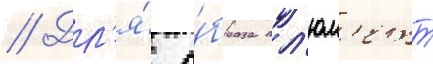
// Дл'я́ о́браза пл'юм'етт